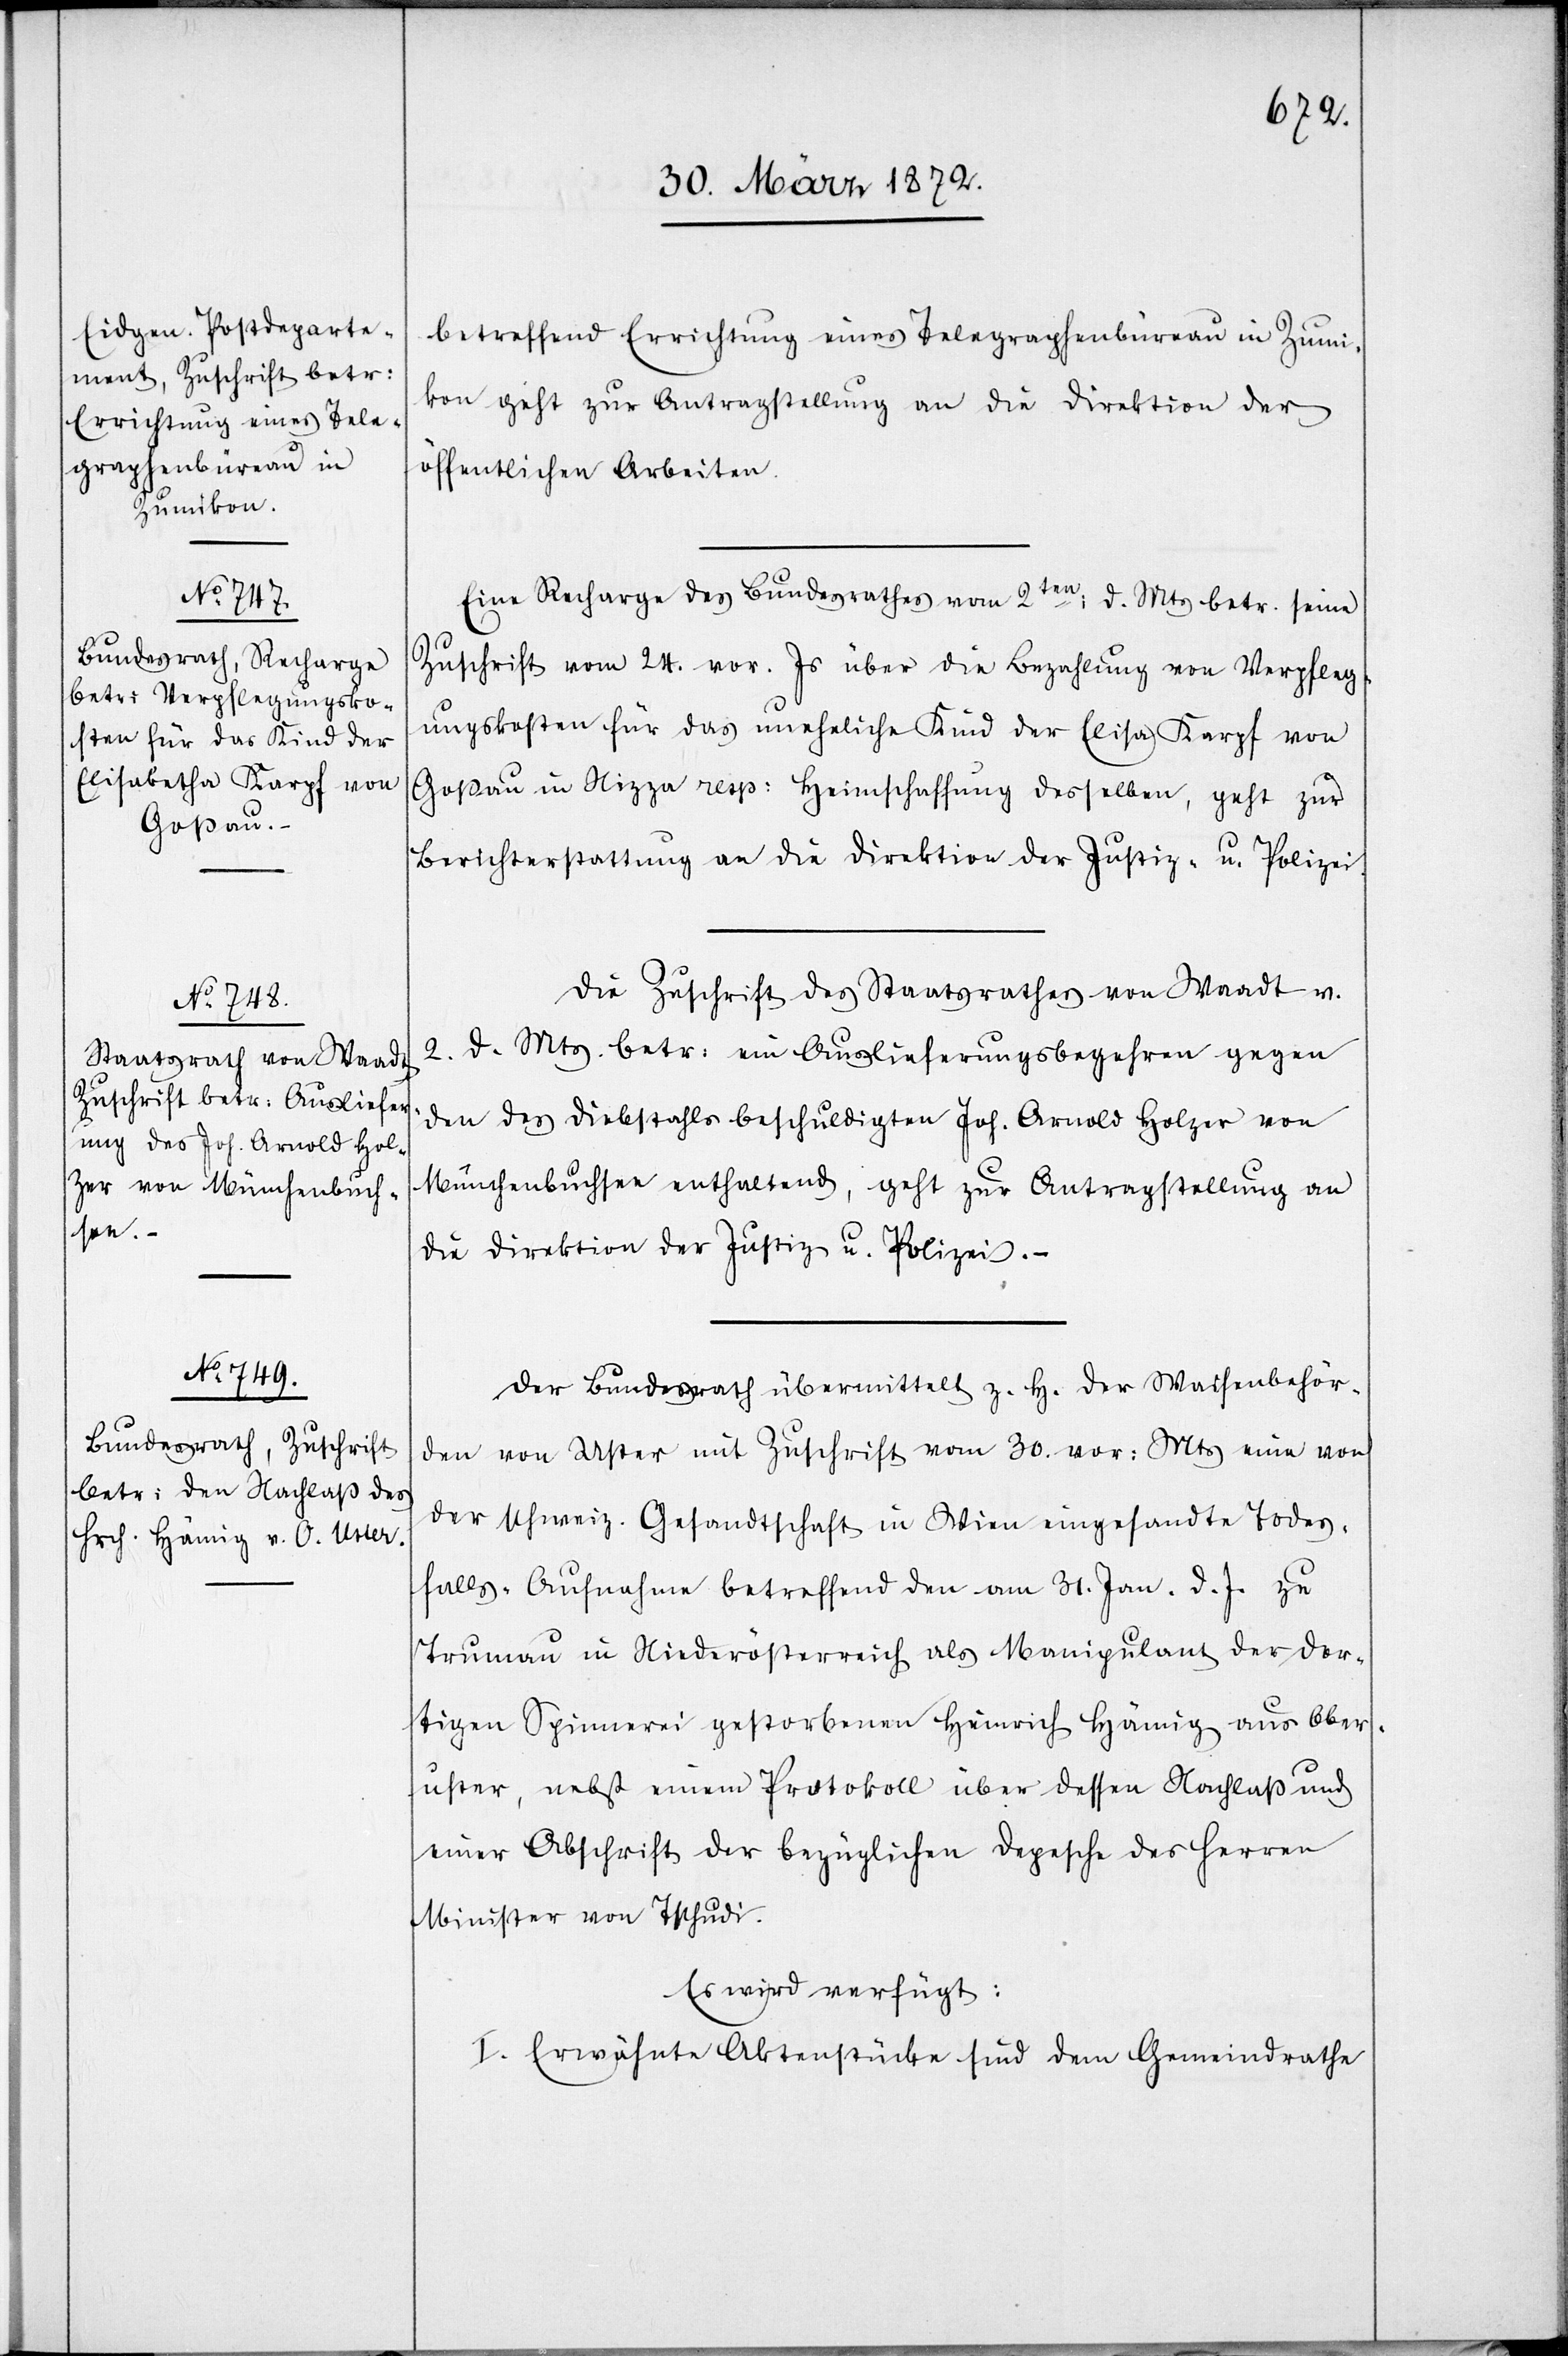
betreffend Errichtung eines Telegraphenbüreau in Zumi¬
kon geht zur Antragstellung an die Direktion der
öffentlichen Arbeiten.
Eine Recharge des Bundesrathes vom 2ten: d. Mts betr. seine
Zuschrift vom 24. vor. Js über die Bezahlung von Verpfleg¬
ungskosten für das uneheliche Kind der Elisa Karpf von
Goßau in Nizza resp: Heimschaffung desselben, geht zur
Berichterstattung an die Direktion der Justiz- u. Polizei.
Die Zuschrift des Staatsrathes von Waadt v.
5.
d. Mts. betr: ein Auslieferungsbegehren gegen
den des Diebstahls beschuldigten Joh. Arnold Holzer von
Münchenbuchsee enthaltend, geht zur Antragstellung an
die Direktion der Justiz u. Polizei.
Der Bundesrath übermittelt z. H. der Waisenbehör¬
den von Uster mit Zuschrift vom 30. vor: Mts eine von
der schweiz. Gesandtschaft in Wien eingesandte Todes¬
falls-Aufnahme betreffend den am 31. Jan. d. J. zu
Trumau in Niederösterreich als Manipulant der dor¬
tigen Spinnerei gestorbenen Heinrich Hämig aus Ober¬
uster, nebst einem Protokoll über dessen Nachlaß und
einer Abschrift der bezüglichen Depesche des Herren
Minister von Tschudi.
Es wird verfügt:
I. Erwähnte Aktenstücke sind dem Gemeindrathe